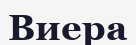
Виера